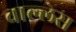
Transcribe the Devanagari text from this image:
वाल्लेस